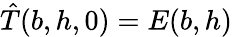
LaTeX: \hat{T}(b,h,0)=E(b,h)